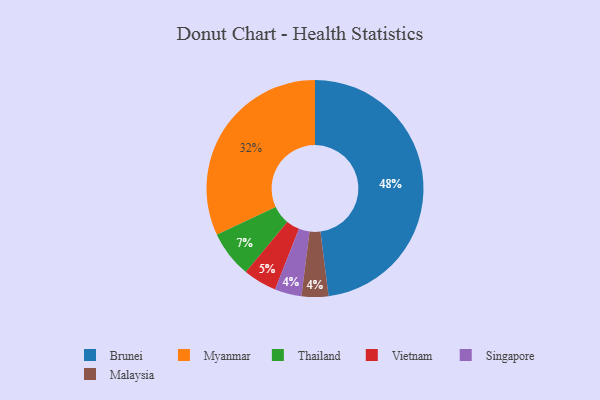
{"axis": {"x": "Category", "y": "Percentage"}, "legend": ["Brunei", "Malaysia", "Myanmar", "Singapore", "Thailand", "Vietnam"], "data": [{"x": "Singapore", "y": 4, "type": "Singapore"}, {"x": "Thailand", "y": 7, "type": "Thailand"}, {"x": "Myanmar", "y": 32, "type": "Myanmar"}, {"x": "Vietnam", "y": 5, "type": "Vietnam"}, {"x": "Malaysia", "y": 4, "type": "Malaysia"}, {"x": "Brunei", "y": 48, "type": "Brunei"}]}